Insane asylums Bombay 1873-77 - 1873-1877
Year: 1873
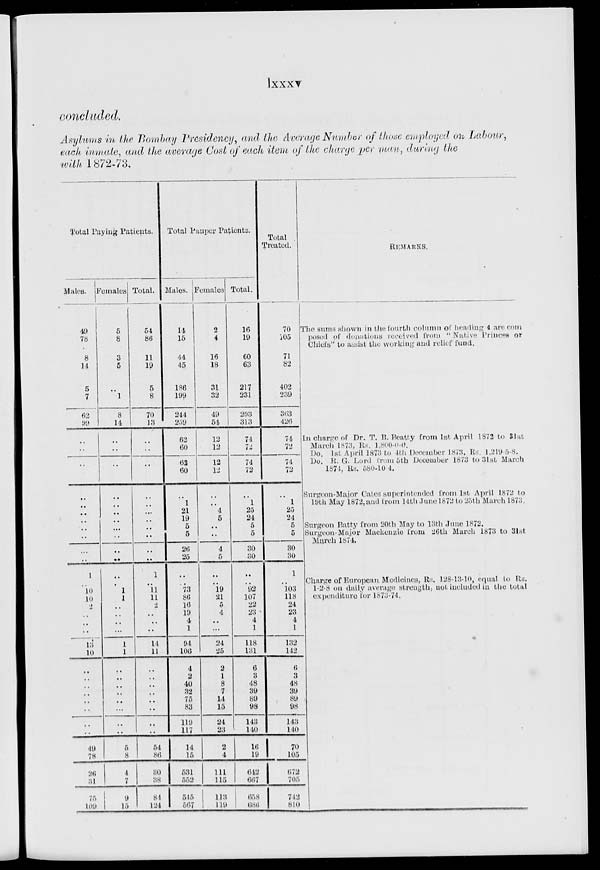
lxxxv
concluded.
Asylums in the Bombay Presidency, and the Average Number of those employed on Labour,
each inmate, and the average Cost of each item of the charge per man, during the
with 1872-73.
Total Paying Patients.
Males.
49
78
8
14
5
7
62
99
..
..
..
..
..
..
..
..
..
..
..
..
1
..
10
10
2
..
..
..
..
10
..
..
..
..
..
..
..
..
49
78
26
31
75
109
Females
5
8
3
5
..
1
8
14
..
..
..
..
..
..
..
..
..
..
..
..
..
..
1
1
..
..
..
..
1
1
..
..
..
..
..
..
..
..
5
8
4
7
9
15
Total.
54
86
11
19
5
8
70
13
..
..
..
..
..
..
..
..
..
..
..
..
1
..
11
11
2
..
..
..
14
11
..
..
..
..
..
..
..
..
54
86
30
38
81
124
Total Pauper Patients.
Males.
14
15
44
45
186
199
244
259
62
60
62
60
..
1
21
19
5
5
26
25
..
..
73
86
16
19
4
1
94
106
4
2
40
32
75
83
119
117
14
15
531
552
515
567
Females
2
4
16
18
31
32
49
54
12
12
12
12
..
..
4
5
..
..
4
5
..
..
19
21
5
4
..
..
24
25
2
1
8
7
14
15
24
23
2
4
111
115
113
119
Total.
16
19
60
63
217
231
293
313
74
72
74
72
..
1
25
24
5
5
30
30
..
..
92
107
22
23
4
1
118
131
6
3
48
39
89
98
143
140
16
19
642
667
658
686
Total
Treated.
70
105
71
82
402
239
363
426
74
72
74
72
..
1
25
24
5
5
30
30
1
..
103
118
24
23
4
1
132
142
6
3
48
39
89
98
143
140
70
105
672
705
742
810
REMARKS.
The sums shown in the fourth column of heading 4
are
composed
Chiefs" to assist the working and relief fund.
In charge of Dr. T. B. Beatty from 1st April 1872 to 31st
March 1873, Rs. 1,800-0-0.
Do. 1st April 1873 to 4th December 1873, Rs. 1,219-5-8.
Do. R. G. Lord from 5th December 1873 to 31st March
1874, Rs. 580-10-4.
Surgeon-Major Cates superintended from 1st April 1872 to
19th May 1872, and from 14th June 1872 to 25th March 1873.
Surgeon Batty from 20th May to 13th June 1872.
Surgeon-Major Mackenzie from 26th March 1873 to 31st
March 1874.
Charge of European Medicines, Rs. 128-13-10, equal to Rs.
1-2-8 on daily average strength, not included in the total
expenditure for 1873-74.